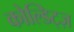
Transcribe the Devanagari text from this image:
कोल्डिट्ज़